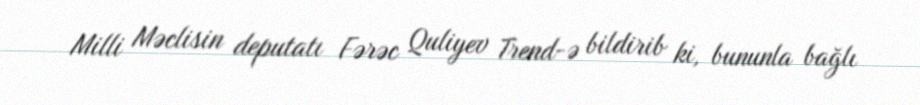
Milli Məclisin deputatı Fərəc Quliyev Trend-ə bildirib ki, bununla bağlı